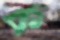
ক